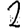
Digit: 2